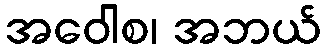
အဝေါစ၊ အဘယ်